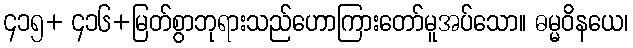
၄၁၅+ ၄၁၆+မြတ်စွာဘုရားသည်ဟောကြားတော်မူအပ်သော။ ဓမ္မဝိနယေ၊